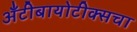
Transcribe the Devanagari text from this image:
अँटीबायोटीक्सचा